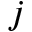
j